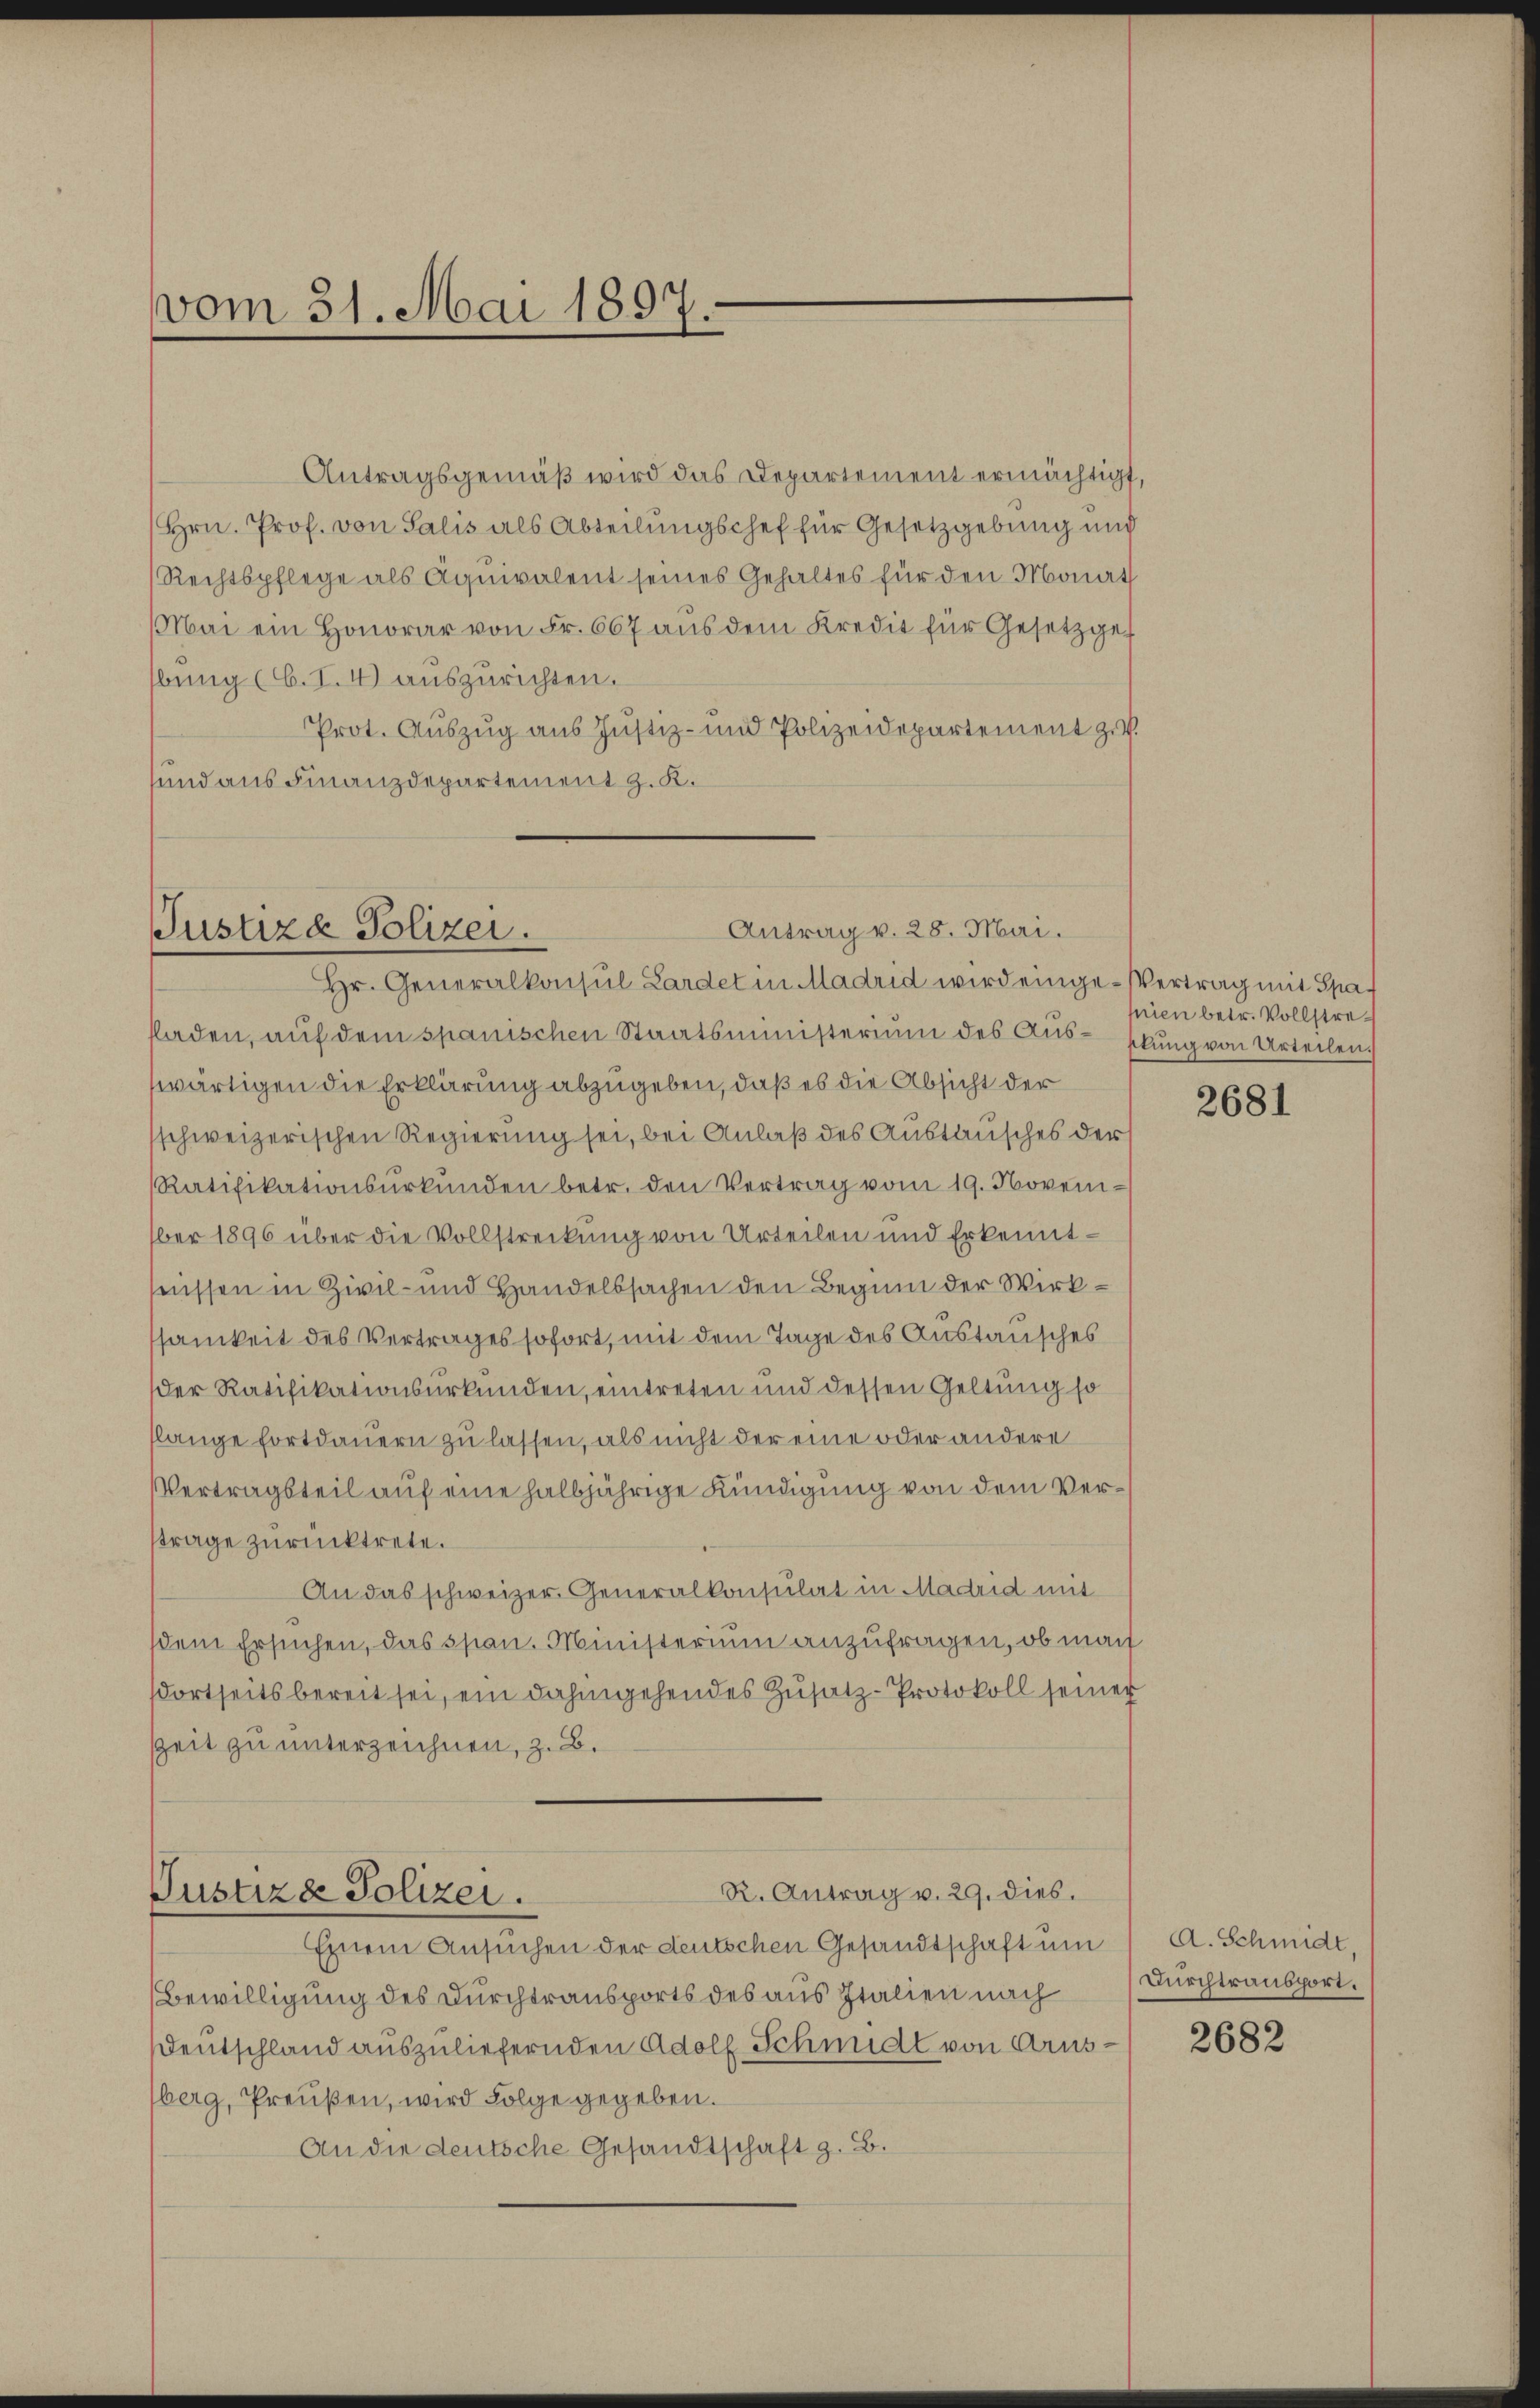
vom 31. Mai 1897.

Antragsgemäß wird das Departement ermächtigt,
(Hrn. Prof. von Salis als Abteilungschef für Gesetzgebung und
Rechtspflege als Äquivalent seines Gehaltes für den Monat
Mai ein Honorar von Fr. 667 aus dem Kredit für Gesetzgef
bung (C. I. 4) auszurichten.
Prot. Auszug aus Justiz- und Polizeidepartement zu.
sund aus Finanzdepartement z. K.

Antrag v. 28. Mai.
Justiza Polizei.
Hr. Generalkonsul Lardet in Madrid wird einge-Vertrag mit Spas

lladen, aŭf dem spanischen Staatsministerium des Aŭs-Elŭng von Urteilen.
swärtigen die Erklärung abzugeben, daß es die Absicht der
schweizerischen Regierung sei, bei Anlaß des Austausches der
Ratifikationsŭrkŭnden betr. den Vertrag vom 19. Novem-
ber 1896 über die Vollstreckung von Urteilen und Erkenntheissen in Zivil- und Handelssachen den Beginn der Wirksamkeit des Vertrages sofort, mit dem Tage des Austausches
der Ratifikationsurkunden, eintreten und dessen Geltung so
slange Fortdauern zu lassen, als nicht der eine oder andere
Vertragsteil auf eine halbjährige Kündigung von dem Verftrage zurücktrete.
An das schweizer. Generalkonsulat in Madrid mit
dem Ersuchen, das span. Ministerium anzufragen, ob man
dortseits bereit sei, ein dahingehendes Zusatz-Protokoll seiner
Zeit zu unterzeichnen, z. B.

R. Antrag v. 29. dies.
Justiza Polizei.

Einem Ansuchen der deutschen Gesandtschaft um
Bewilligung des Durchtransports des aus Italien nach
Deutschland auszuliefernden Adolf Schmidt von Ausberg, Preußen, wird Folge gegeben.
An die deutsche Gesandtschaft z. B.

mien betr. Vollstre¬

2681

A. Schmidt,
Durchtransport.

2682